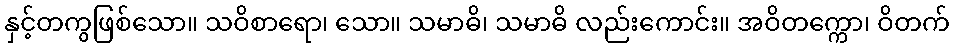
နှင့်တကွဖြစ်သော။ သဝိစာရော၊ သော။ သမာဓိ၊ သမာဓိ လည်းကောင်း။ အဝိတက္ကော၊ ဝိတက်